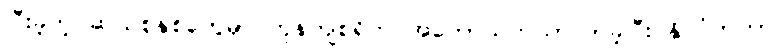
ပြီးခဲ့တဲ့ ဆယ်စုနှစ်တွေမှာ ကုန်ကျစရိတ် အတော်သက်သာလာခဲ့ပြီး နိုင်ငံတကာ